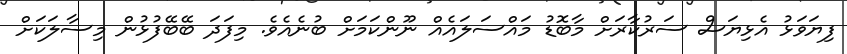
ފިޔަވަޅު އެޅިޔަސް ސަރުކާރަށް މާބޮޑު މައްސަލައެއް ނޫންކަމަށް ބުނެއެވެ. މިފަދަ ބޭބޭފުޅުން މިސާލަކަށް